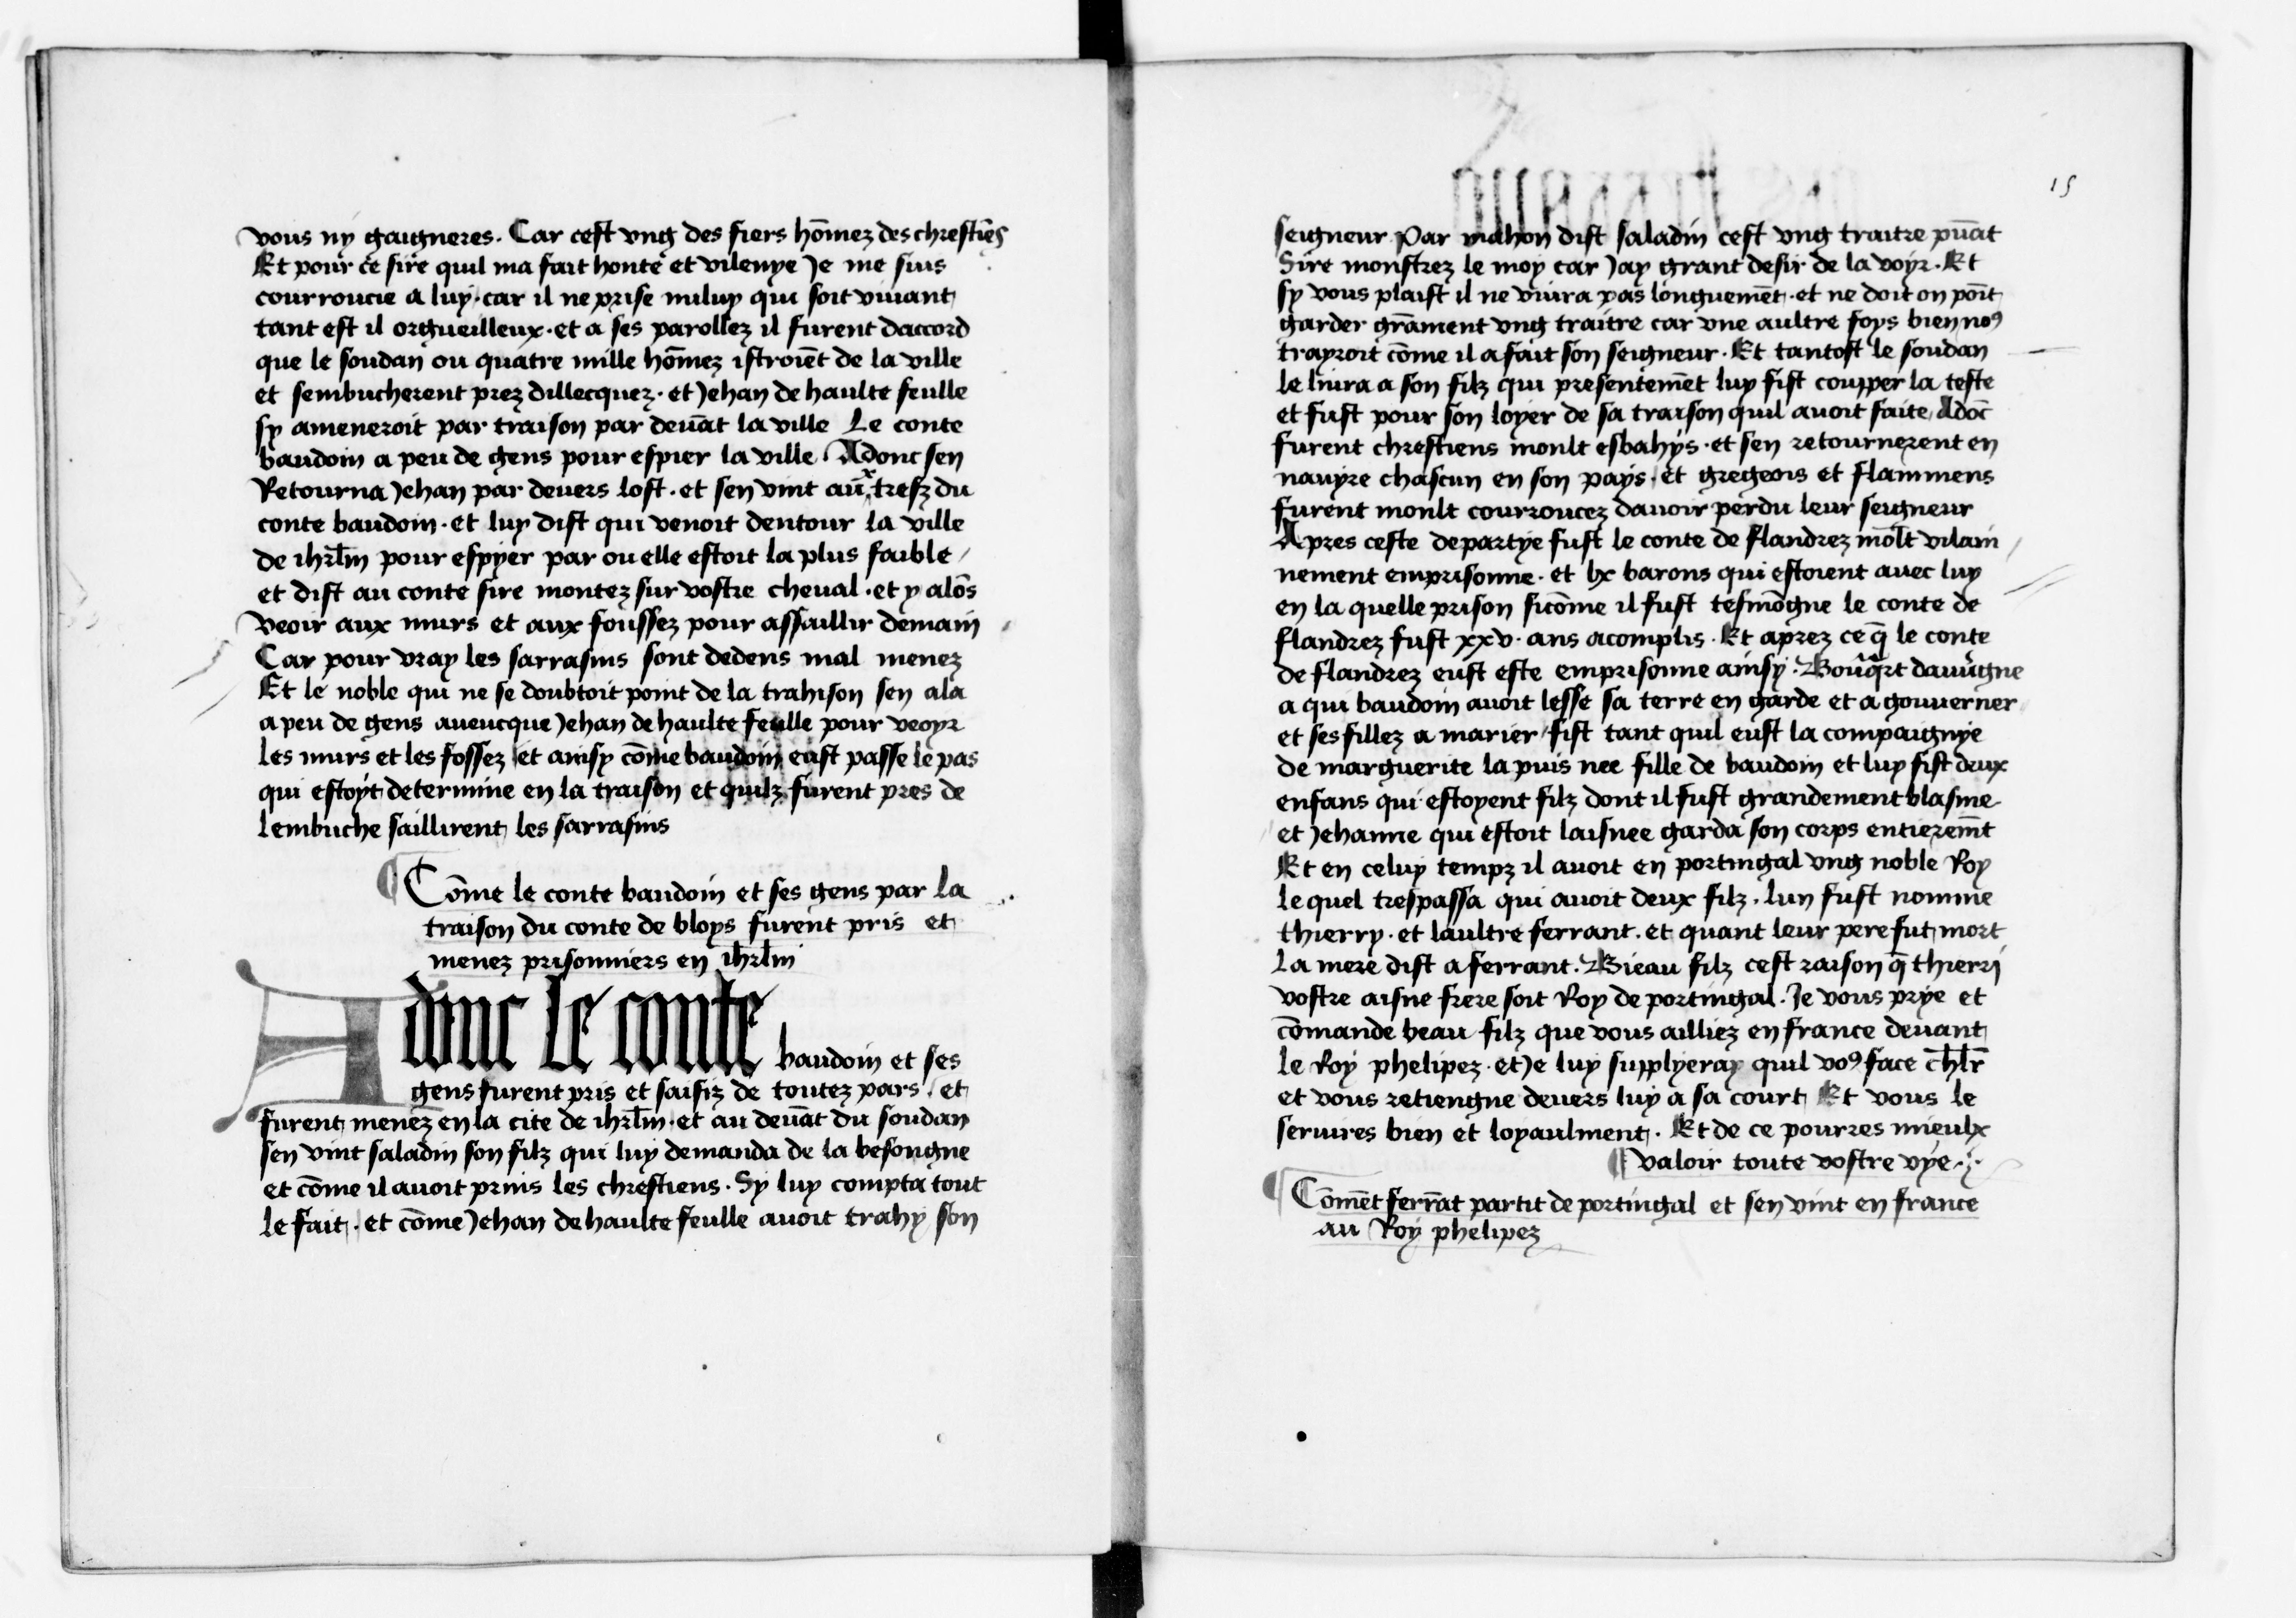
Shelfmark: Paris, BnF, NAF 6213
Century: 15